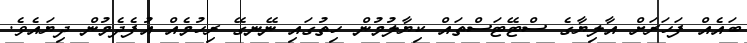
ބައެއް ފަހަރަށް އާލިޔާގެ ސްޓޭޓަސްތައް ކިޔާލުމުން ހިތުގައި ނޭނގޭ ރިހުމެއް އުފެދެމުން ދިޔައެވެ.